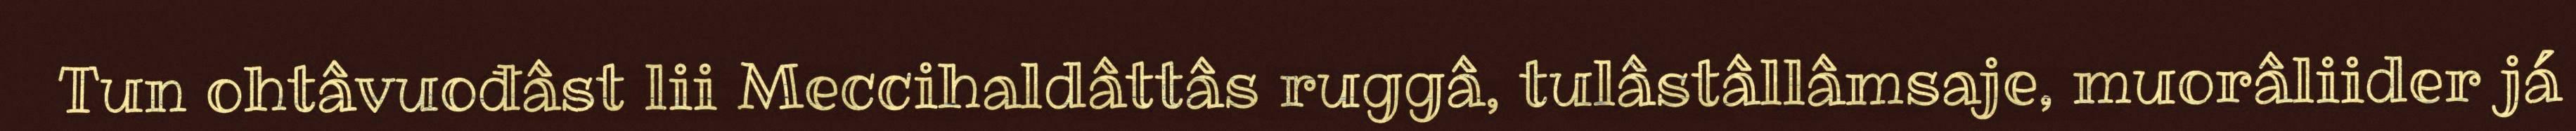
Tun ohtâvuođâst lii Meccihaldâttâs ruggâ, tulâstâllâmsaje, muorâliider já